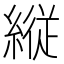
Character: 縦